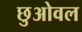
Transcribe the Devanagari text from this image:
छुओवल